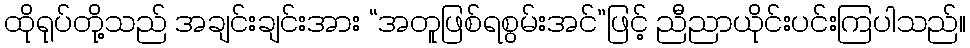
ထိုရုပ်တို့သည် အချင်းချင်းအား “အတူဖြစ်ရစွမ်းအင်”ဖြင့် ညီညာယိုင်းပင်းကြပါသည်။